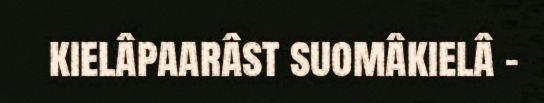
kielâpaarâst suomâkielâ –